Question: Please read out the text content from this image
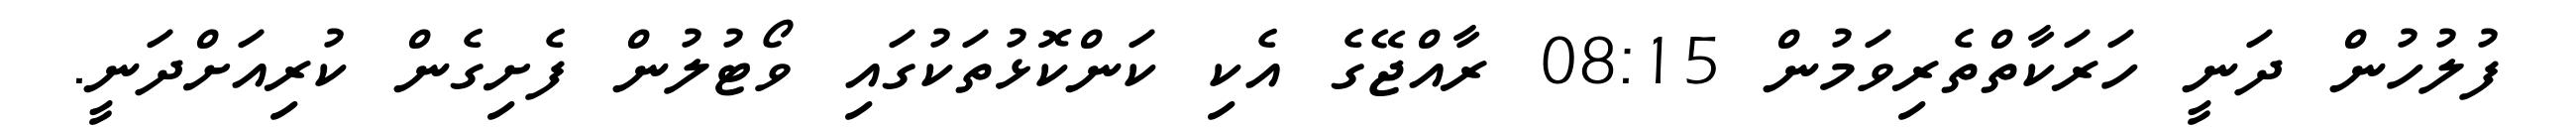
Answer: ފުލުހުން ދަނީ ހަރަކާތްތެރިވަމުން 08:15 ރާއްޖޭގެ އެކި ކަންކޮޅުތަކުގައި ވޯޓުލުން ފެށިގެން ކުރިއަށްދަނީ.